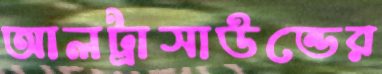
আলট্রাসাউন্ডের